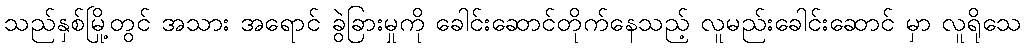
သည်နှစ်မြို့တွင် အသား အရောင် ခွဲခြားမှုကို ခေါင်းဆောင်တိုက်နေသည့် လူမည်းခေါင်းဆောင် မှာ လူရိုသေ